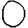
Digit: 0